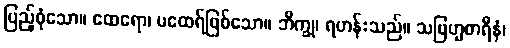
ပြည့်စုံသော။ ထေရော၊ မထေရ်ဖြစ်သော။ ဘိက္ခု၊ ရဟန်းသည်။ သဗြဟ္မစာရီနံ၊